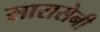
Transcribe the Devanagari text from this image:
सारासेनी